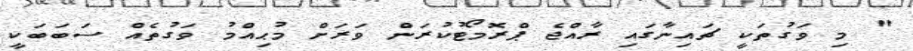
" މި ވަގުތަކީ ޗައިނާގައި ރާއްޖެ ޕްރޮމޯޓުކުރަން ވަރަށް މުޙިއްމު ވަގުތެއް ސަބަބަކީ